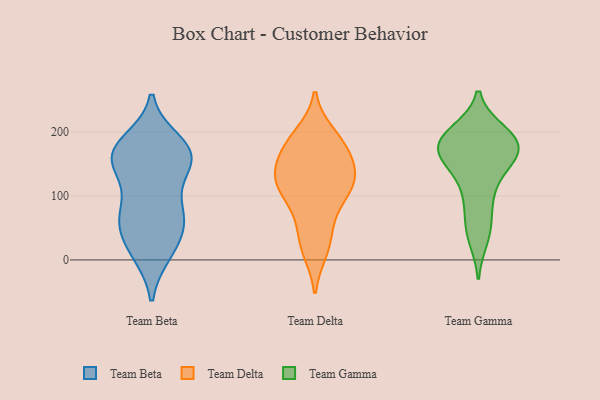
{"axis": {"x": "Headcount", "y": "Value"}, "legend": ["Team Beta", "Team Delta", "Team Gamma"], "data": [{"x": "", "y": 65, "type": "Team Beta"}, {"x": "", "y": 164, "type": "Team Beta"}, {"x": "", "y": 61, "type": "Team Beta"}, {"x": "", "y": 65, "type": "Team Beta"}, {"x": "", "y": 154, "type": "Team Beta"}, {"x": "", "y": 168, "type": "Team Beta"}, {"x": "", "y": 184, "type": "Team Beta"}, {"x": "", "y": 70, "type": "Team Beta"}, {"x": "", "y": 120, "type": "Team Beta"}, {"x": "", "y": 148, "type": "Team Beta"}, {"x": "", "y": 11, "type": "Team Beta"}, {"x": "", "y": 161, "type": "Team Beta"}, {"x": "", "y": 22, "type": "Team Beta"}, {"x": "", "y": 170, "type": "Team Beta"}, {"x": "", "y": 171, "type": "Team Beta"}, {"x": "", "y": 14, "type": "Team Beta"}, {"x": "", "y": 72, "type": "Team Beta"}, {"x": "", "y": 15, "type": "Team Delta"}, {"x": "", "y": 164, "type": "Team Delta"}, {"x": "", "y": 109, "type": "Team Delta"}, {"x": "", "y": 116, "type": "Team Delta"}, {"x": "", "y": 38, "type": "Team Delta"}, {"x": "", "y": 166, "type": "Team Delta"}, {"x": "", "y": 119, "type": "Team Delta"}, {"x": "", "y": 182, "type": "Team Delta"}, {"x": "", "y": 196, "type": "Team Delta"}, {"x": "", "y": 179, "type": "Team Delta"}, {"x": "", "y": 57, "type": "Team Delta"}, {"x": "", "y": 146, "type": "Team Delta"}, {"x": "", "y": 126, "type": "Team Delta"}, {"x": "", "y": 14, "type": "Team Delta"}, {"x": "", "y": 100, "type": "Team Delta"}, {"x": "", "y": 76, "type": "Team Delta"}, {"x": "", "y": 145, "type": "Team Delta"}, {"x": "", "y": 130, "type": "Team Delta"}, {"x": "", "y": 197, "type": "Team Delta"}, {"x": "", "y": 118, "type": "Team Delta"}, {"x": "", "y": 199, "type": "Team Gamma"}, {"x": "", "y": 34, "type": "Team Gamma"}, {"x": "", "y": 195, "type": "Team Gamma"}, {"x": "", "y": 90, "type": "Team Gamma"}, {"x": "", "y": 120, "type": "Team Gamma"}, {"x": "", "y": 200, "type": "Team Gamma"}, {"x": "", "y": 173, "type": "Team Gamma"}, {"x": "", "y": 152, "type": "Team Gamma"}, {"x": "", "y": 42, "type": "Team Gamma"}, {"x": "", "y": 172, "type": "Team Gamma"}, {"x": "", "y": 183, "type": "Team Gamma"}, {"x": "", "y": 58, "type": "Team Gamma"}, {"x": "", "y": 169, "type": "Team Gamma"}, {"x": "", "y": 173, "type": "Team Gamma"}, {"x": "", "y": 154, "type": "Team Gamma"}, {"x": "", "y": 186, "type": "Team Gamma"}, {"x": "", "y": 102, "type": "Team Gamma"}, {"x": "", "y": 151, "type": "Team Gamma"}, {"x": "", "y": 188, "type": "Team Gamma"}]}